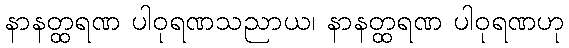
နာနတ္ထရဏ ပါဝုရဏသညာယ၊ နာနတ္ထရဏ ပါဝုရဏဟု